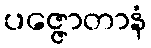
ပဇ္ဇောတာနံ